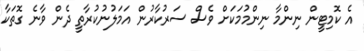
އެ ކޮމިޓީން ނިންމާ ނިންމުމަކަށް ވެސް ސަރުކާރުން އަމަލުނުކުރާތީ ދެން ވާނެ ގޮތަކާ